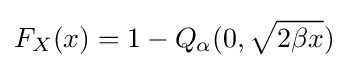
F_{X}(x)=1-Q_{\alpha }(0,{\sqrt {2\beta x}})